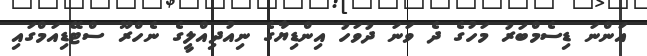
އަންނަ ޑިސެމްބަރު މަހުގެ ދެ ވަނަ ދުވަހު އިންޑިޔާގެ ނިއުދިއްލީގެ ނެހްރޫ ސްޓޭޑިއަމްގައި